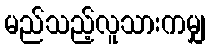
မည်သည့်လူသားကမျှ